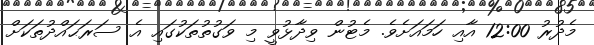
މެދުރު 12:00 އާއި ހަމައަށެވެ. މެޓުން ވިދާޅުވީ މި ވަގުތުތަކުގައި އެ ސަރަޙައްދުތަކަށް